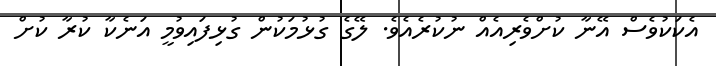
އެކަކުވެސް އޭނާ ކުށްވެރިއެއް ނުކުރެއެވެ. ލޭގެ ގުޅުމަކުން ގުޅިފައިވުމީ އަނެކާ ކުރާ ކުށް